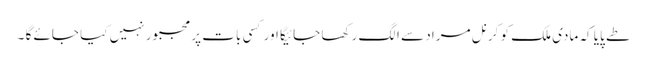
طے پایا کہ مادی ملک کو کرنل مراد سے الگ رکھا جائیگا اور کسی بات پر مجبور نہیں کیا جائے گا ۔